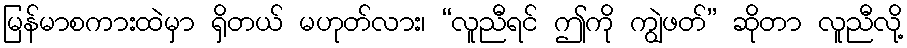
မြန်မာစကားထဲမှာ ရှိတယ် မဟုတ်လား၊ “လူညီရင် ဤကို ကျွဲဖတ်” ဆိုတာ လူညီလို့